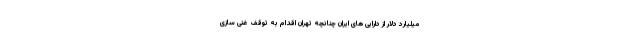
میلیارد دلار از دارایی های ایران چنانچه تهران اقدام به توقف غنی سازی